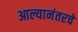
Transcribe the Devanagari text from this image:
आल्यानंतरचे